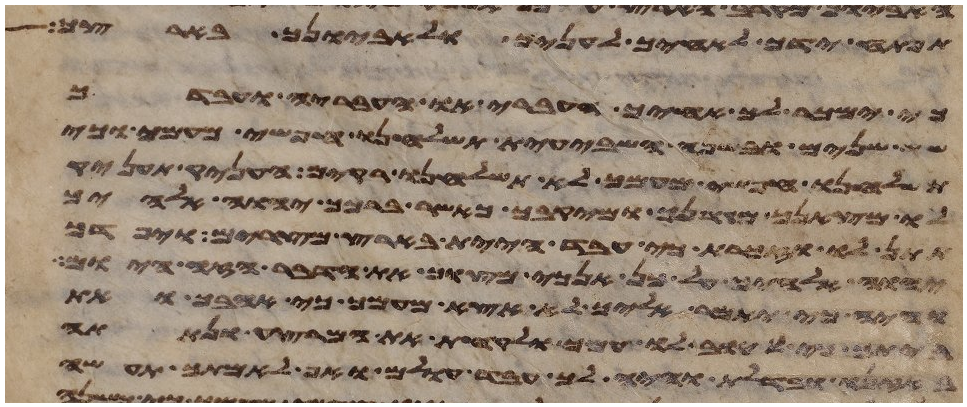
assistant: תפתח ידך לאחיך לעניך ולאביונך בארצך
כי ימכר לך אחיך העברי או העבריה ועבדך
שש שנים ובשנה השביעית תשלחנו חפשי מעמך וכי
תשלחנו חפשי מעמך לא תשלחנו ריקם העניק תעניק
לו מצאנך ומגרנך ומיקבך כאשר ברכך יהוה אלהיך
תתן לו וזכרת כי עבד היית בארץ מצרים ויפדך
יהוה אלהיך על כן אנכי מצוך את הדבר הזה היום
והיה כי יאמר אליך לא אצא מעמך כי אהבך ואת
כי טוב לו עמך ולקחת את המרצע ונתתה
באזנו ובדלת והיה לך עבד עולם ואף לאמתך תעשה